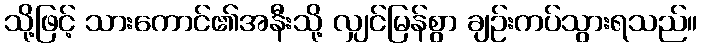
သို့ဖြင့် သားကောင်၏အနီးသို့ လျှင်မြန်စွာ ချဉ်းကပ်သွားရသည်။